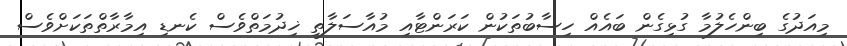
މިއަދުގެ ބިންހެލުމާ ގުޅިގެން ބައެއް ހިސާބުތަކުން ކަރަންޓާއި މުއާސަލާތީ ޚިދުމަތްވެސް ކެނޑި އިމާރާތްތަކަށްވެސް